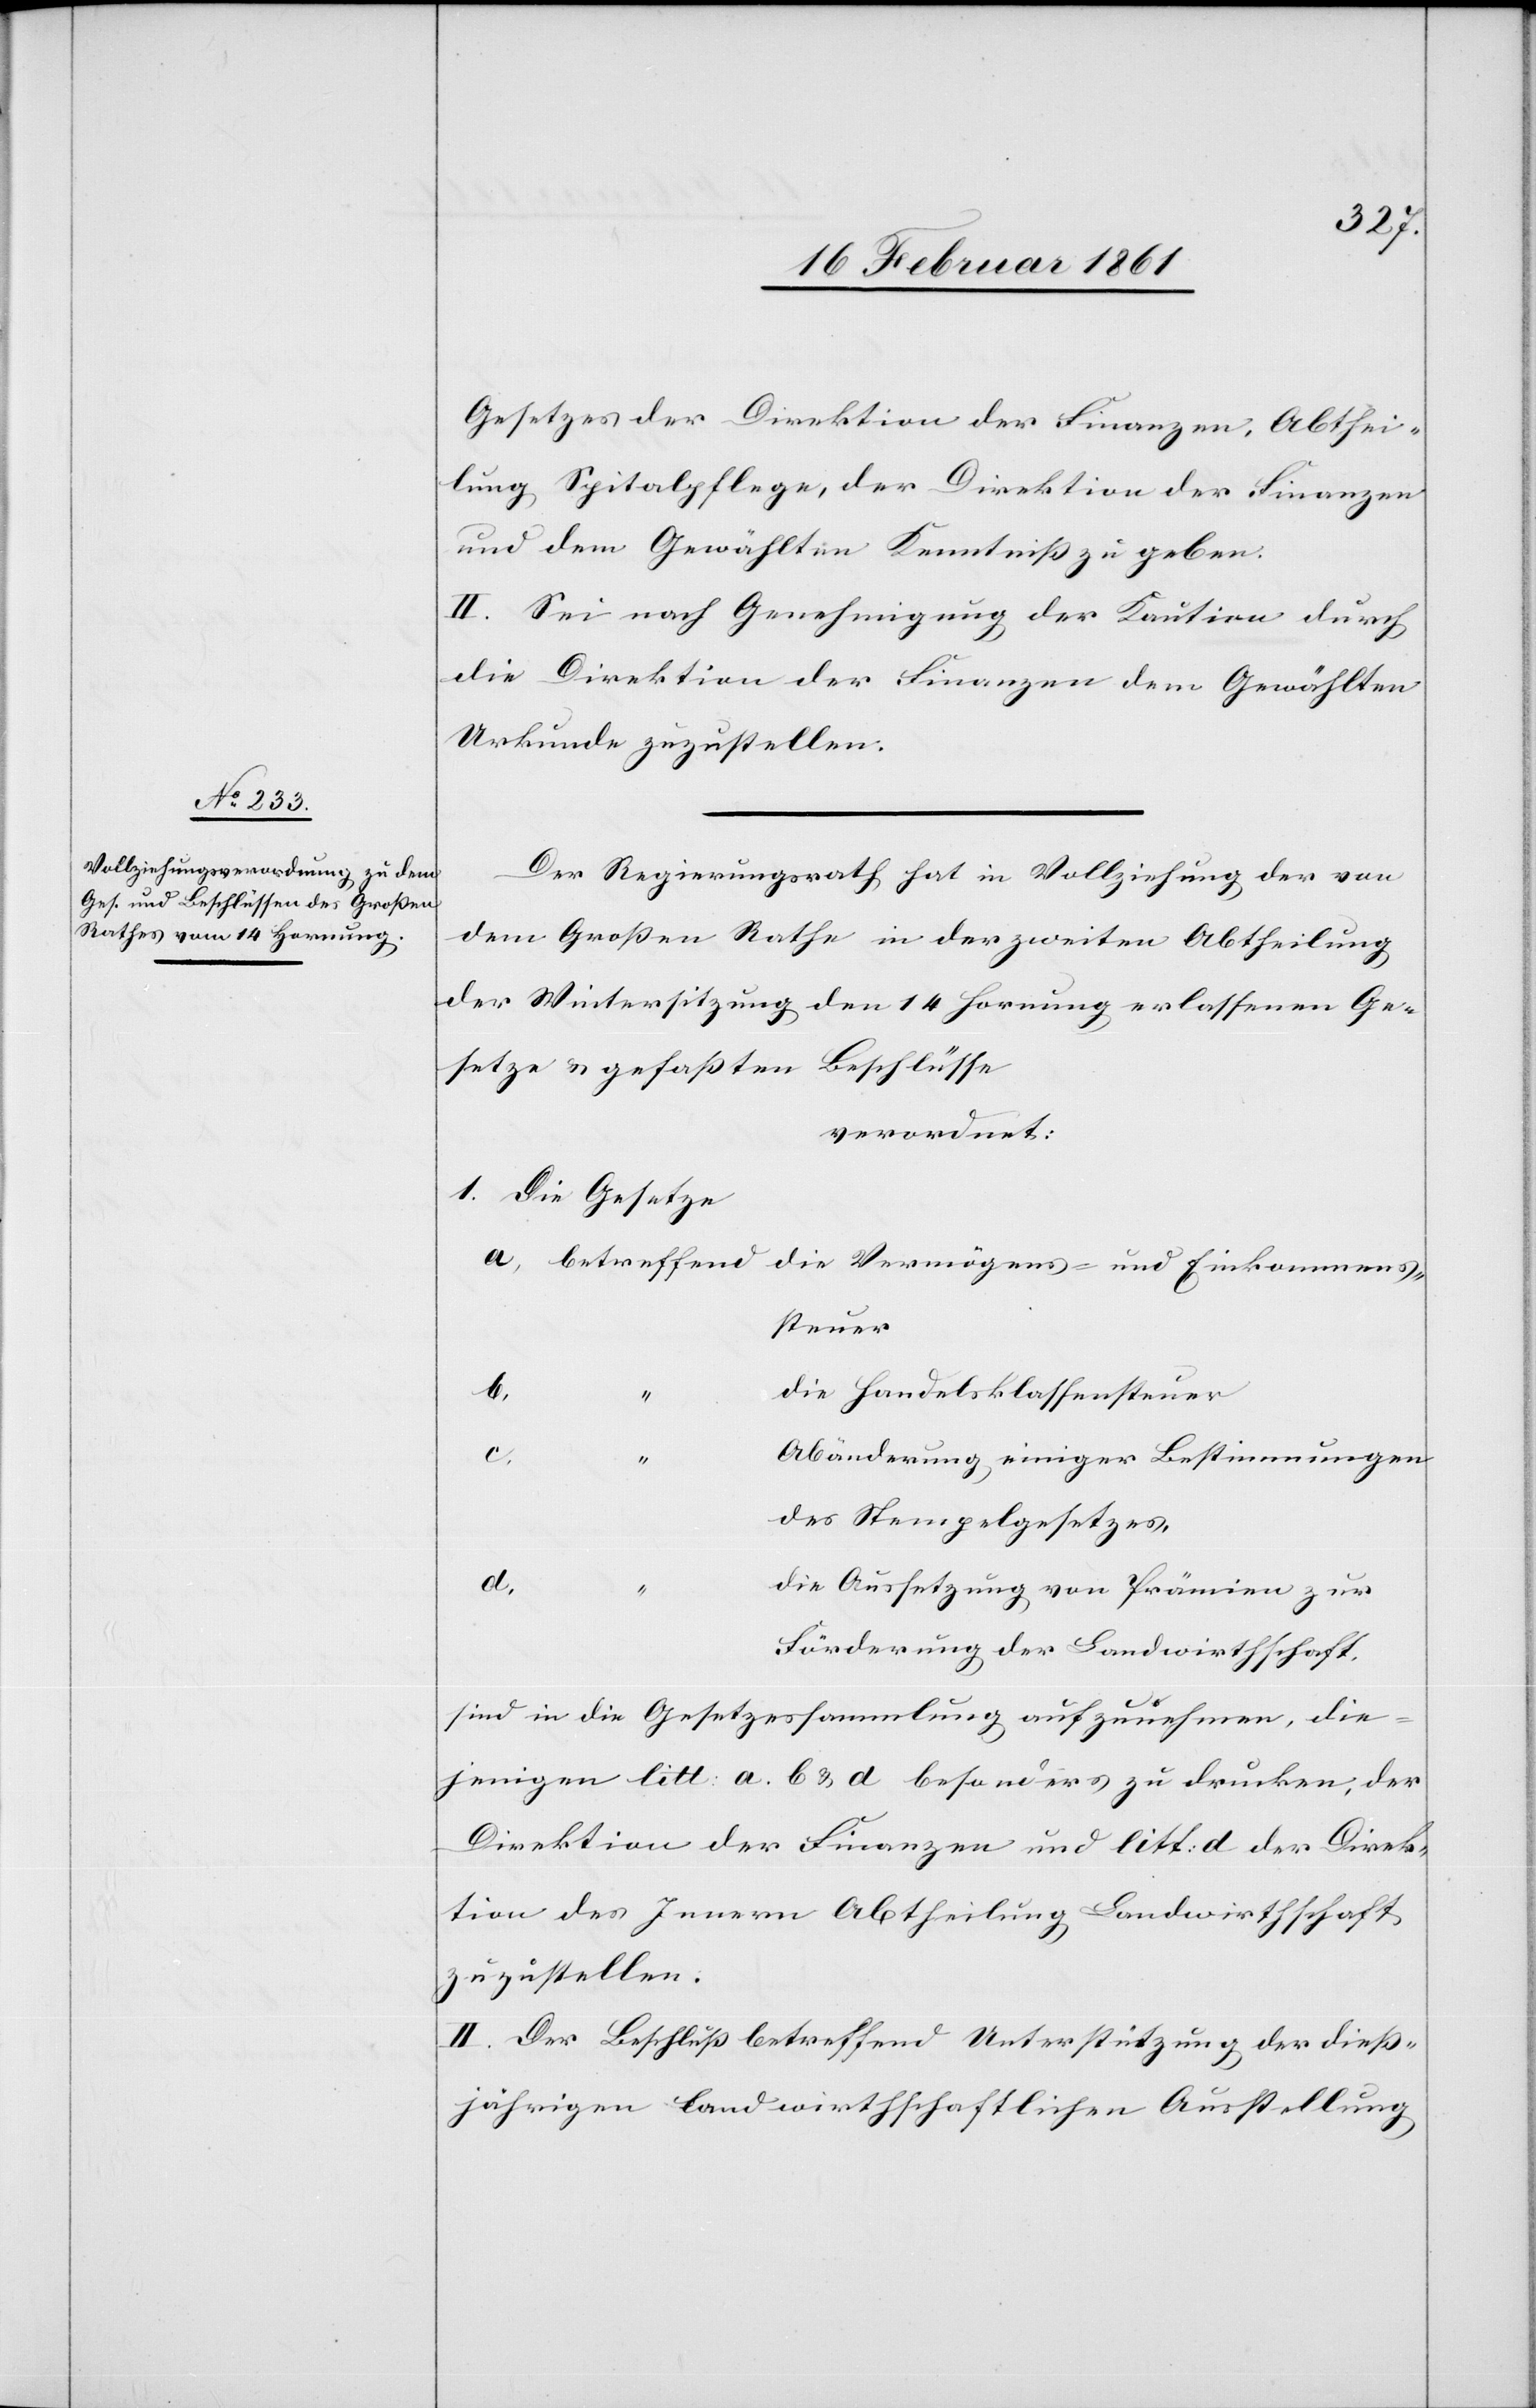
Gesetzes der Direktion der Finanzen, Abthei¬
lung Spitalpflege, der Direktion der Finanzen
und dem Gewählten Kenntniss zu geben.
II. Sei nach Genehmigung der Kaution durch
die Direktion der Finanzen dem Gewählten
Urkunde zuzustellen.
Der Regierungsrath hat in Vollziehung der von
dem Grossen Rathe in der zweiten Abtheilung
der Wintersitzung den 14. Hornung erlassenen Ge¬
setze u. gefaßten Beschlüsse
verordnet:
die Handelsklassensteuer
Abänderung einiger Bestimmungen
c.
“
des Stempelgesetzes,
d.
die Aussetzung von Prämien zur
Förderung der Landwirtschaft
sind in die Gesetzessammlung aufzunehmen, die¬
jenigen litt. a. b. u. d besonders zu drucken, der
Direktion der Finanzen und litt: d der Direk¬
tion des Innern Abtheilung Landwirthschaft
zuzustellen.
II. Der Beschluß betreffend Unterstützung der dieß¬
jährigen landwirthschaftlichen Ausstellung